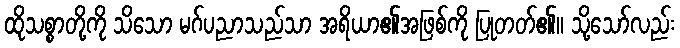
ထိုသစ္စာတို့ကို သိသော မဂ်ပညာသည်သာ အရိယာ၏အဖြစ်ကို ပြုတတ်၏။ သို့သော်လည်း